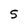
Character: 5